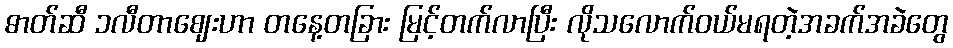
ဓာတ်ဆီ ၁လီတာဈေးဟာ တနေ့တခြား မြင့်တက်လာပြီး လိုသလောက်ဝယ်မရတဲ့အခက်အခဲတွေ